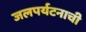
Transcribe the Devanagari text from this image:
जलपर्यटनाची